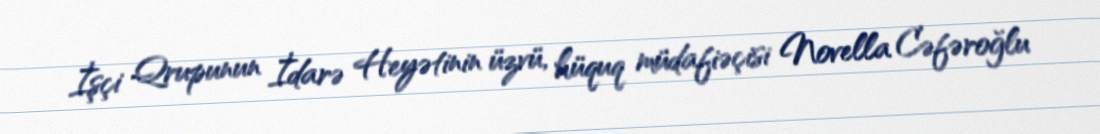
İşçi Qrupunun İdarə Heyətinin üzvü, hüquq müdafiəçisi Novella Cəfəroğlu